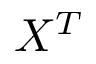
X ^ { T }